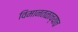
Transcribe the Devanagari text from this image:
विमानतळाच्याच